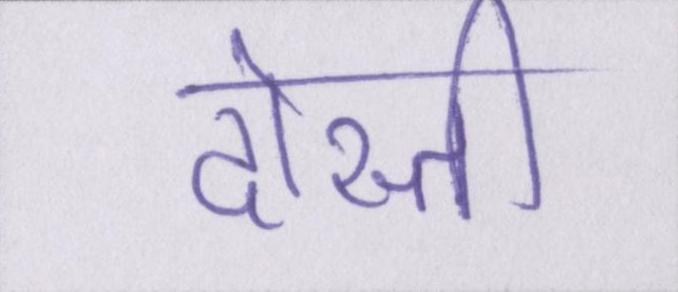
दोस्ती